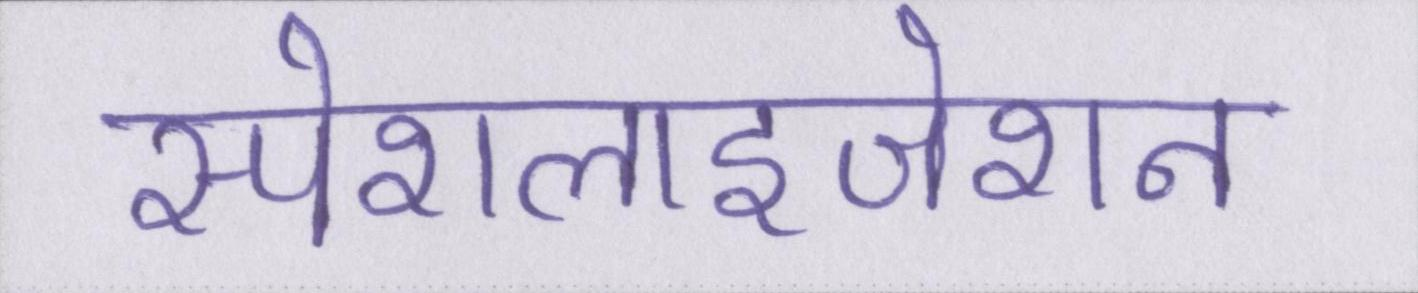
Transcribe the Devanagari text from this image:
स्पेशलाइजेशन